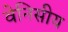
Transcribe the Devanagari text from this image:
वेनिसीय